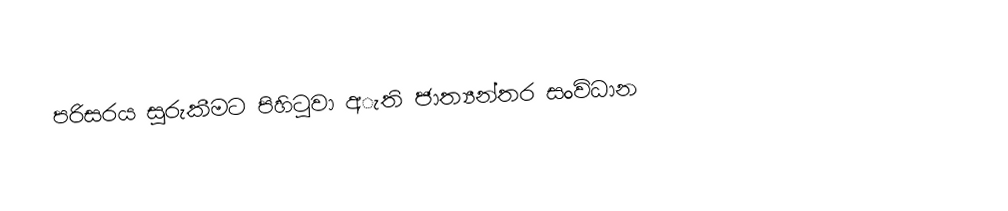
පරිසරය සුරුකීමට පිහිටුවා අැති ජාත්‍යන්තර සංවිධාන